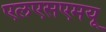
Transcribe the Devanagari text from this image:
एलएसएमयू